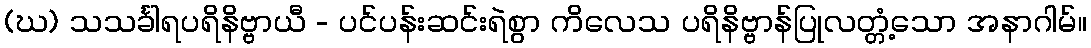
(ဃ) သသင်္ခါရပရိနိဗ္ဗာယီ - ပင်ပန်းဆင်းရဲစွာ ကိလေသ ပရိနိဗ္ဗာန်ပြုလတ္တံ့သော အနာဂါမ်။